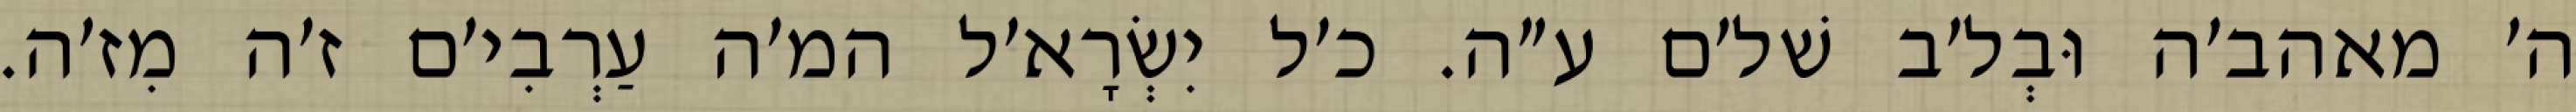
ה׳ מאהב׳ה וּבְל׳ב שׁל׳ם ע״ה. כ׳ל יִשְׂרָא׳ל המ׳ה עַרְבִי׳ם ז׳ה מִז׳ה.